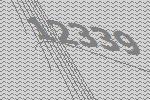
12339